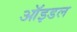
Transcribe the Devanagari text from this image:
ऑइडल